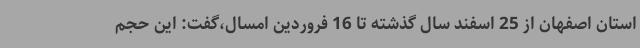
استان اصفهان از 25 اسفند سال گذشته تا 16 فروردین امسال،گفت: این حجم